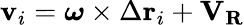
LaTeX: \mathbf{v}_{i}={\boldsymbol{\omega}}\times\Delta\mathbf{r}_{i}+\mathbf{V}_{\mathbf{R}}